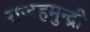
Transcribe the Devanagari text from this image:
राजहमुन्द्री